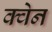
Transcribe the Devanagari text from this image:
क्वेन